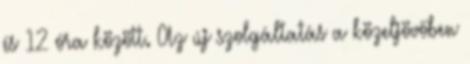
és 12 óra között. Az új szolgáltatás a közeljövőben